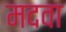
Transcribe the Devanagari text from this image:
मदवा